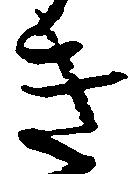
き